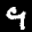
Label: 9